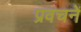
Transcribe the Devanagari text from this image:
प्रवचनें